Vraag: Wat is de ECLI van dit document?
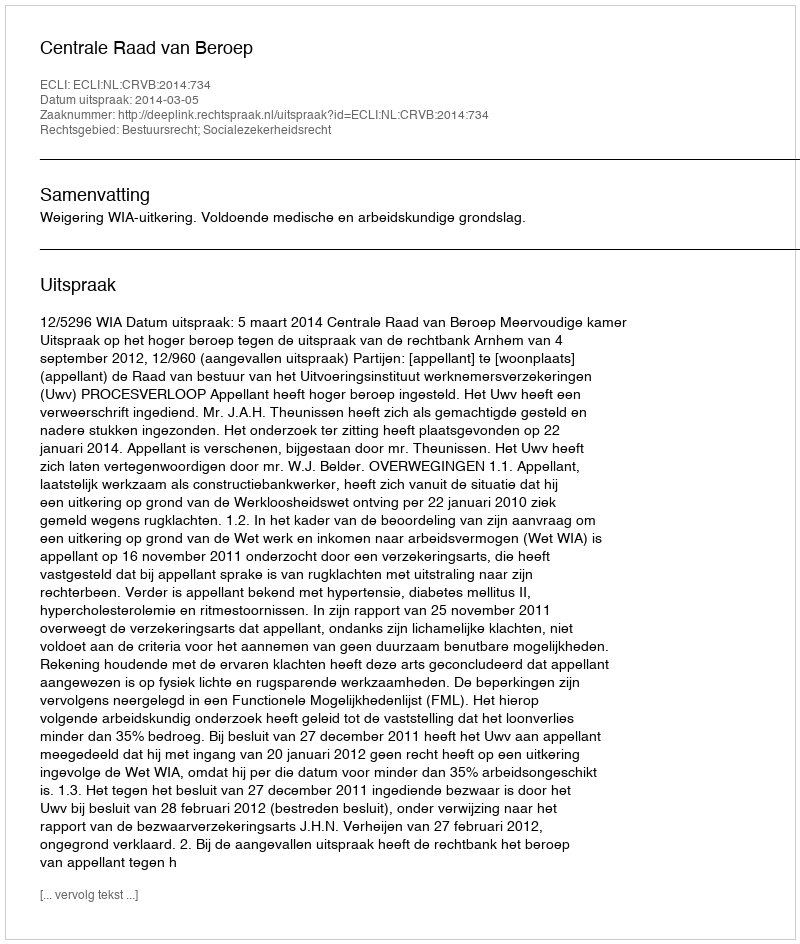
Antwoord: ECLI:NL:CRVB:2014:734